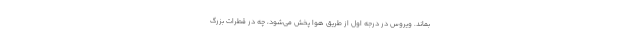
بماند. ویروس در درجه اول از طریق هوا پخش می‌شود، چه در قطرات بزرگ